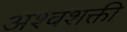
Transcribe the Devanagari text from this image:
अश्‍वशक्ती